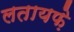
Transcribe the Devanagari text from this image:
लतायफ़े